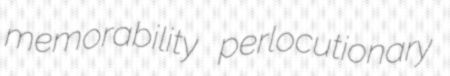
memorability perlocutionary